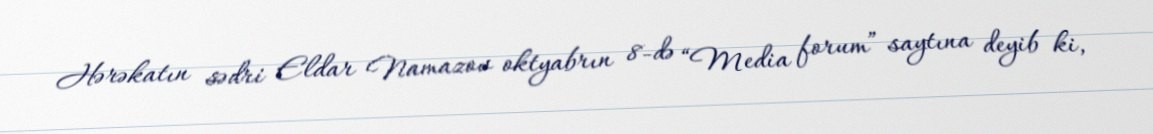
Hərəkatın sədri Eldar Namazov oktyabrın 8-də “Media forum” saytına deyib ki,